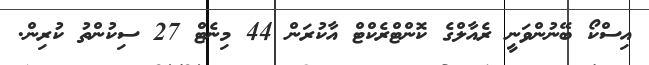
އިސްކޯ ބޭނުންވަނީ ރެއާލްގެ ކޮންޓްރެކްޓް އާކުރަން 44 މިނެޓް 27 ސިކުންތު ކުރިން.